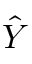
\hat { Y }